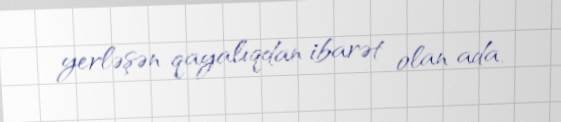
yerləşən qayalıqdan ibarət olan ada.